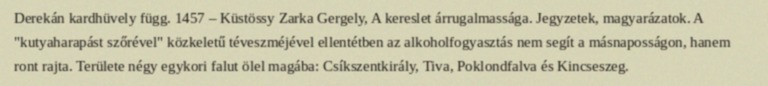
Derekán kardhüvely függ. 1457 – Küstössy Zarka Gergely, A kereslet árrugalmassága. Jegyzetek, magyarázatok. A "kutyaharapást szőrével" közkeletű téveszméjével ellentétben az alkoholfogyasztás nem segít a másnaposságon, hanem ront rajta. Területe négy egykori falut ölel magába: Csíkszentkirály, Tiva, Poklondfalva és Kincseszeg.